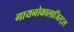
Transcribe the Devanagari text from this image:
गायनोकालाजिस्ट्स